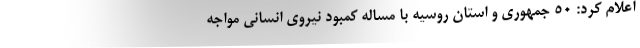
اعلام کرد: ۵۰ جمهوری و استان روسیه با مساله کمبود نیروی انسانی مواجه